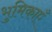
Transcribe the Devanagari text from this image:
भुमिकाएँ